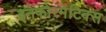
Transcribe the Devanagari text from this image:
इनफोरमेटिक्स